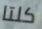
كلتا